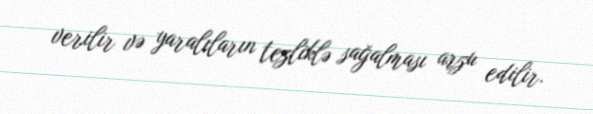
verilir və yaralıların tezliklə sağalması arzu edilir.